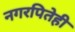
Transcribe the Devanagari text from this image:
नगरपितेही